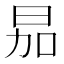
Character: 𪰘